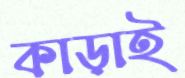
কাড়াই